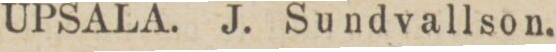
UPSALA. J. Sundvallson.